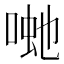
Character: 𭈽